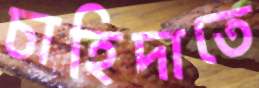
চাহিদাতে